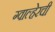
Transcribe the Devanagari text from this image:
ग्वाल्हेरची